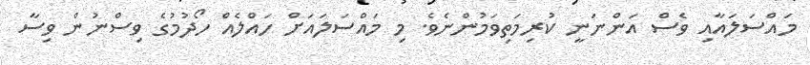
މައްސަލައާއި ވެސް އަންނަނީ ކުރިމަތިވަމުންނެވެ. މި މައްސަލައަށް ހައްލެއް ހޯދުމުގެ ވިސްނުން ވިސާ